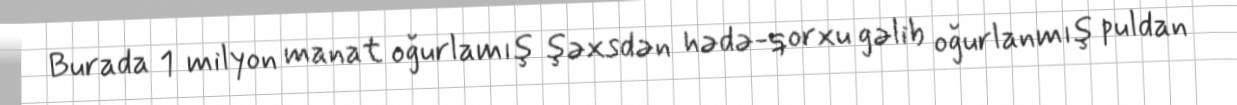
Burada 1 milyon manat oğurlamış şəxsdən hədə-qorxu gəlib oğurlanmış puldan